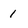
Character: 1